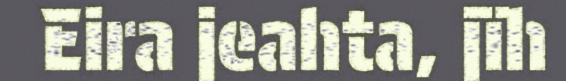
Eira jeahta, jïh